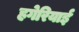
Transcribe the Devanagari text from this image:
हगेरियाई